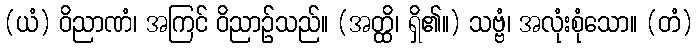
(ယံ) ဝိညာဏံ၊ အကြင် ဝိညာဉ်သည်။ (အတ္ထိ၊ ရှိ၏။) သဗ္ဗံ၊ အလုံးစုံသော။ (တံ)